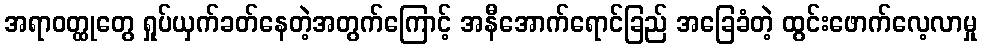
အရာဝတ္ထုတွေ ရှုပ်ယှက်ခတ်နေတဲ့အတွက်ကြောင့် အနီအောက်ရောင်ခြည် အခြေခံတဲ့ ထွင်းဖောက်လေ့လာမှု